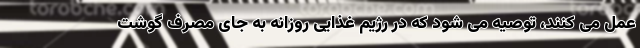
عمل می کنند، توصیه می شود که در رژیم غذایی روزانه به جای مصرف گوشت